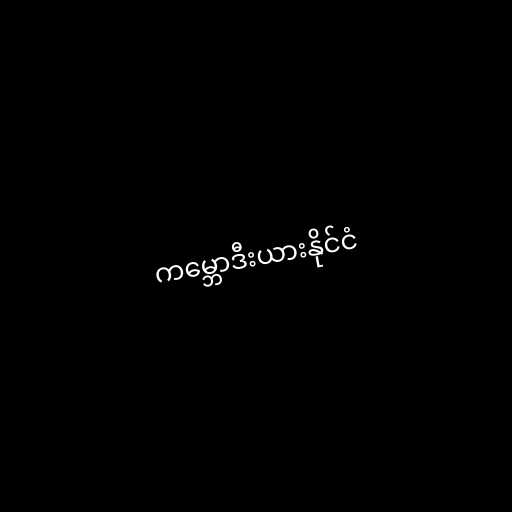
ကမ္ဘောဒီးယားနိုင်ငံ